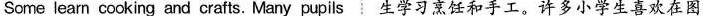
Some learn cooking and crafts. Many pupils生学习烹饪和手工.许多小学生喜欢在图